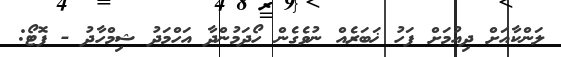
ލަންކާއަށް ދިއުމަށް ފަހު ޚަބަރެއް ނުވެގެން ހޯދަމުންދާ އަހްމަދު ޝިމްހާދު - ފޮޓޯ: